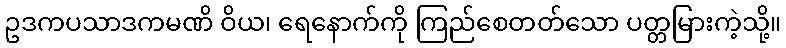
ဥဒကပသာဒကမဏိ ဝိယ၊ ရေနောက်ကို ကြည်စေတတ်သော ပတ္တမြားကဲ့သို့။